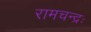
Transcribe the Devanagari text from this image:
रामचन्द्रः